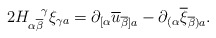
\begin{align*}2H_{\alpha \overline{\beta}}^{\, \, \, \, \, \, \gamma}\xi_{\gamma a} =\partial_{[\alpha}\overline{u}_{\overline{\beta}]a}-\partial_{(\alpha}\overline{\xi}_{\overline{\beta})a} .\end{align*}